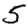
Digit: 5